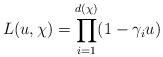
LaTeX: \begin{align*}L(u,\chi) = \prod_{i=1}^{d(\chi)}(1-\gamma_i u)\end{align*}